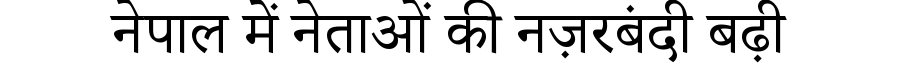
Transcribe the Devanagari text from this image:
नेपाल में नेताओं की नज़रबंदी बढ़ी